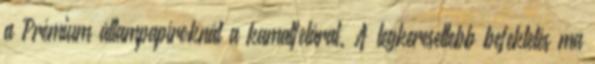
a Prémium állampapíroknál a kamatfelárat. A legkeresettebb befektetés ma